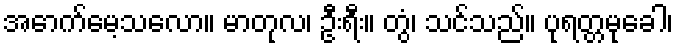
အောက်မေ့သလော။ မာတုလ၊ ဦးရီး။ တွံ၊ သင်သည်။ ပုရတ္တမုခေါ၊